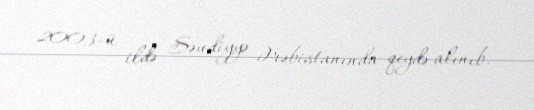
2003-ü ildə Səudiyyə Ərəbistanında qeydə alınıb.